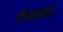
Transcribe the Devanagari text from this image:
पदव्यासकट